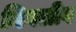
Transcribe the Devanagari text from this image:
निगलीव